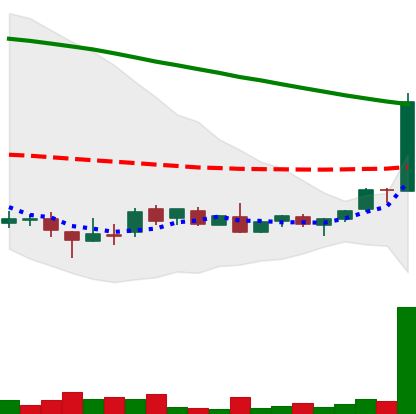
Ticker: DOGE-USD
Chart end date: 2018-08-30
Forward return: 64.348%
Label: up_7plus